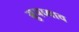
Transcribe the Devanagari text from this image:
ग्रुपच्याच